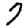
Digit: 7